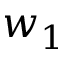
w _ { 1 }